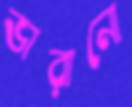
ভারানো